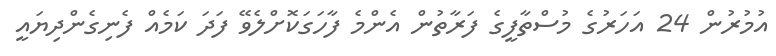
އުމުރުން 24 އަހަރުގެ މުސްތާފީގެ ފަރާތުން އެންމެ ފާހަގަކޮށްލެވޭ ފަދަ ކަމެއް ފެނިގެންދިޔައީ